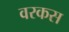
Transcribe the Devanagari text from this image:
वरकस